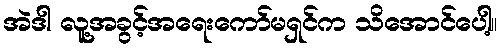
အဲဒါ လူ့အခွင့်အရေးကော်မရှင်က သိအောင်ပေါ့။